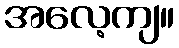
အလေ့ကျ။